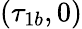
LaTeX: (\tau_{1b},0)